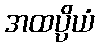
အထပ္ပိယံ